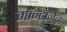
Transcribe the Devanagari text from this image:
मॉन्टानेज़